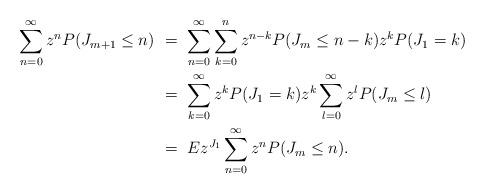
LaTeX: \begin{align*} \sum_{n=0}^\infty z^n P(J_{m+1}\le n ) &\ = \ \sum_{n=0}^\infty \sum_{k=0}^n z^{n-k} P(J_m \le n-k)z^k P(J_1 = k) \\ &\ = \ \sum_{k=0}^\infty z^k P(J_1=k) z^{k} \sum_{l=0}^\infty z^l P(J_m \le l)\\ &\ = \ E z^{J_1} \sum_{n=0}^\infty z^n P(J_m \le n). \end{align*}